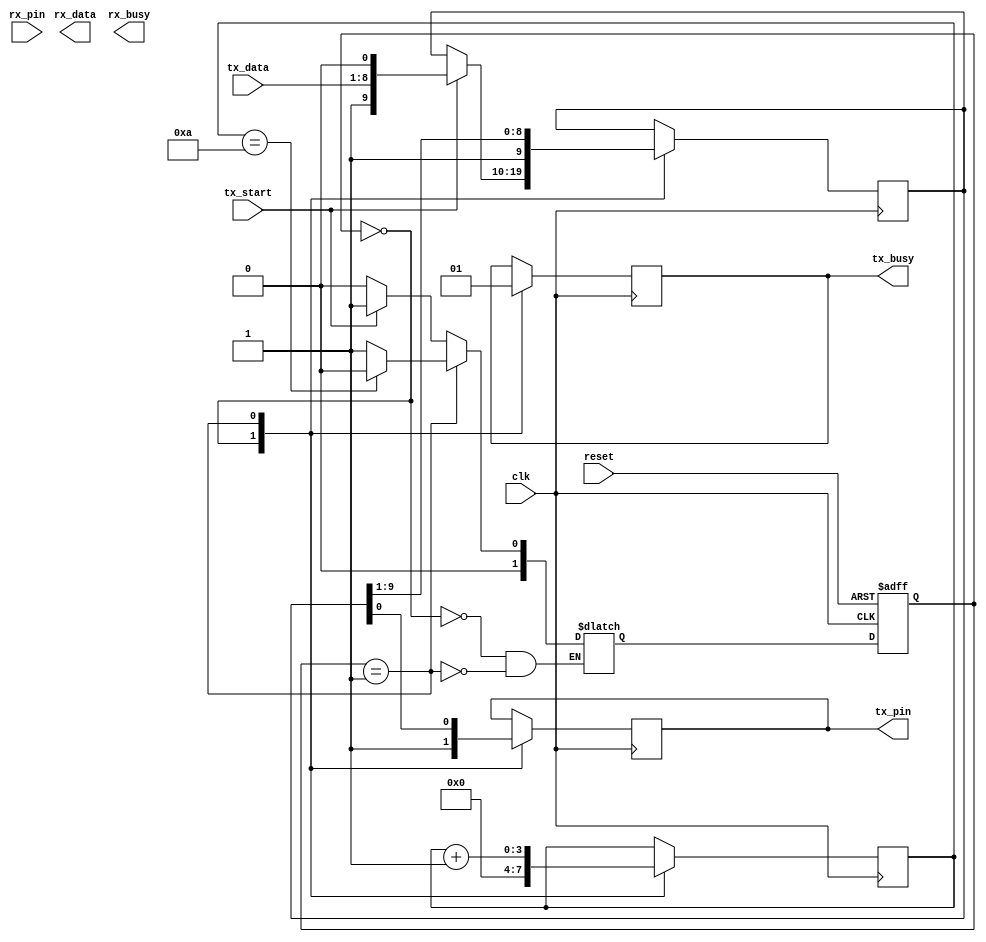
///////////////////////////////////////////////////////////////////////////////////////////////////
// Company: <Name>
//
// File history:
//      <Revision number>: <Date>: <Comments>
//      <Revision number>: <Date>: <Comments>
//      <Revision number>: <Date>: <Comments>
//
// Description: 
//
// <Description here>
//
// Targeted device: <Family::IGLOO2> <Die::M2GL010> <Package::144 TQ>
//
/////////////////////////////////////////////////////////////////////////////////////////////////// 

//`timescale <time_units> / <precision>

module uart #(parameter parity = 0, parameter stop_bits = 1, parameter data_length = 8)
            (   input clk, 
					input reset, 
					input rx_pin, 
					input tx_start, 
					input [7:0] tx_data,
               output tx_pin, 
					output tx_busy , 
					output [7:0] rx_data, 
					output rx_busy);

    //tx variables
    reg [1:0]current_state, next_state;
    parameter packet_size = (parity + stop_bits + data_length + 1); //FIXME, check this lpacket size
    parameter   idle = 2'b00,
                tx_mode = 2'b01;
    reg [(packet_size-1):0]tx_data_buffer;
    reg tx_pin_buffer;
    reg tx_busy_buffer;
    reg [3:0]tx_shift_counter;
    
    //tx process state memory
    always @ (posedge clk or negedge reset)
    begin: tx_state_memory
        if (!reset)
            current_state <= idle;
        else
            current_state <= next_state;
    end
    
    //tx process next state logic
    always @ (current_state or tx_start or clk or tx_shift_counter)
    begin:tx_next_state_logic
        case(current_state)
            idle:   
                if(tx_start == 1'b1) 
                    next_state = tx_mode;
                else
                    next_state = idle;
            tx_mode:
                if(tx_shift_counter == (packet_size))
                    next_state = idle;
                else
                    next_state = tx_mode;
        endcase
    end
    
    //tx process output logic
    always @ (posedge clk)
    begin: tx_output_logic
        case(current_state)
            idle: begin
                tx_busy_buffer = 1'b0;
                tx_pin_buffer = 1'b1;
                tx_shift_counter = 0;
                if(tx_start == 1'b1)
                    tx_data_buffer = { 1'b1, tx_data, 1'b0};    //data is LSB first, {stop bit, data, start bit}
            end
            tx_mode: begin
                tx_busy_buffer = 1'b1;
                tx_pin_buffer = tx_data_buffer[0];
                //tx_data_buffer = tx_data_buffer >> 1;
                //switched to shifting in ones to prevent an output glitch when
                //swotching from tx_mode to idle with empty tx buffer
                tx_data_buffer = {1'b1, tx_data_buffer[9:1]};
                tx_shift_counter = tx_shift_counter + 1;
            end
        endcase
    end
    
    assign tx_pin = tx_pin_buffer;
    assign tx_busy = tx_busy_buffer;
    
endmodule